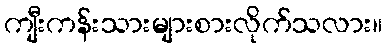
ကျီးကန်းသားများစားလိုက်သလား။